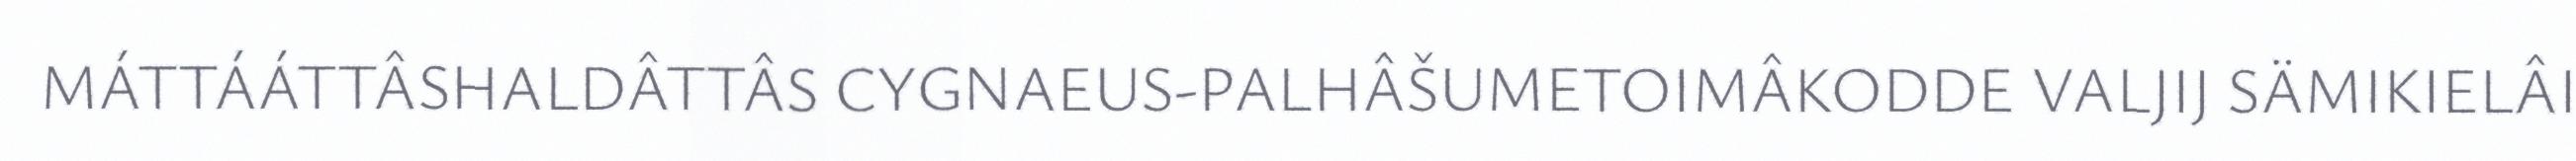
MÁTTÁÁTTÂSHALDÂTTÂS CYGNAEUS-PALHÂŠUMETOIMÂKODDE VALJIJ SÄMIKIELÂI